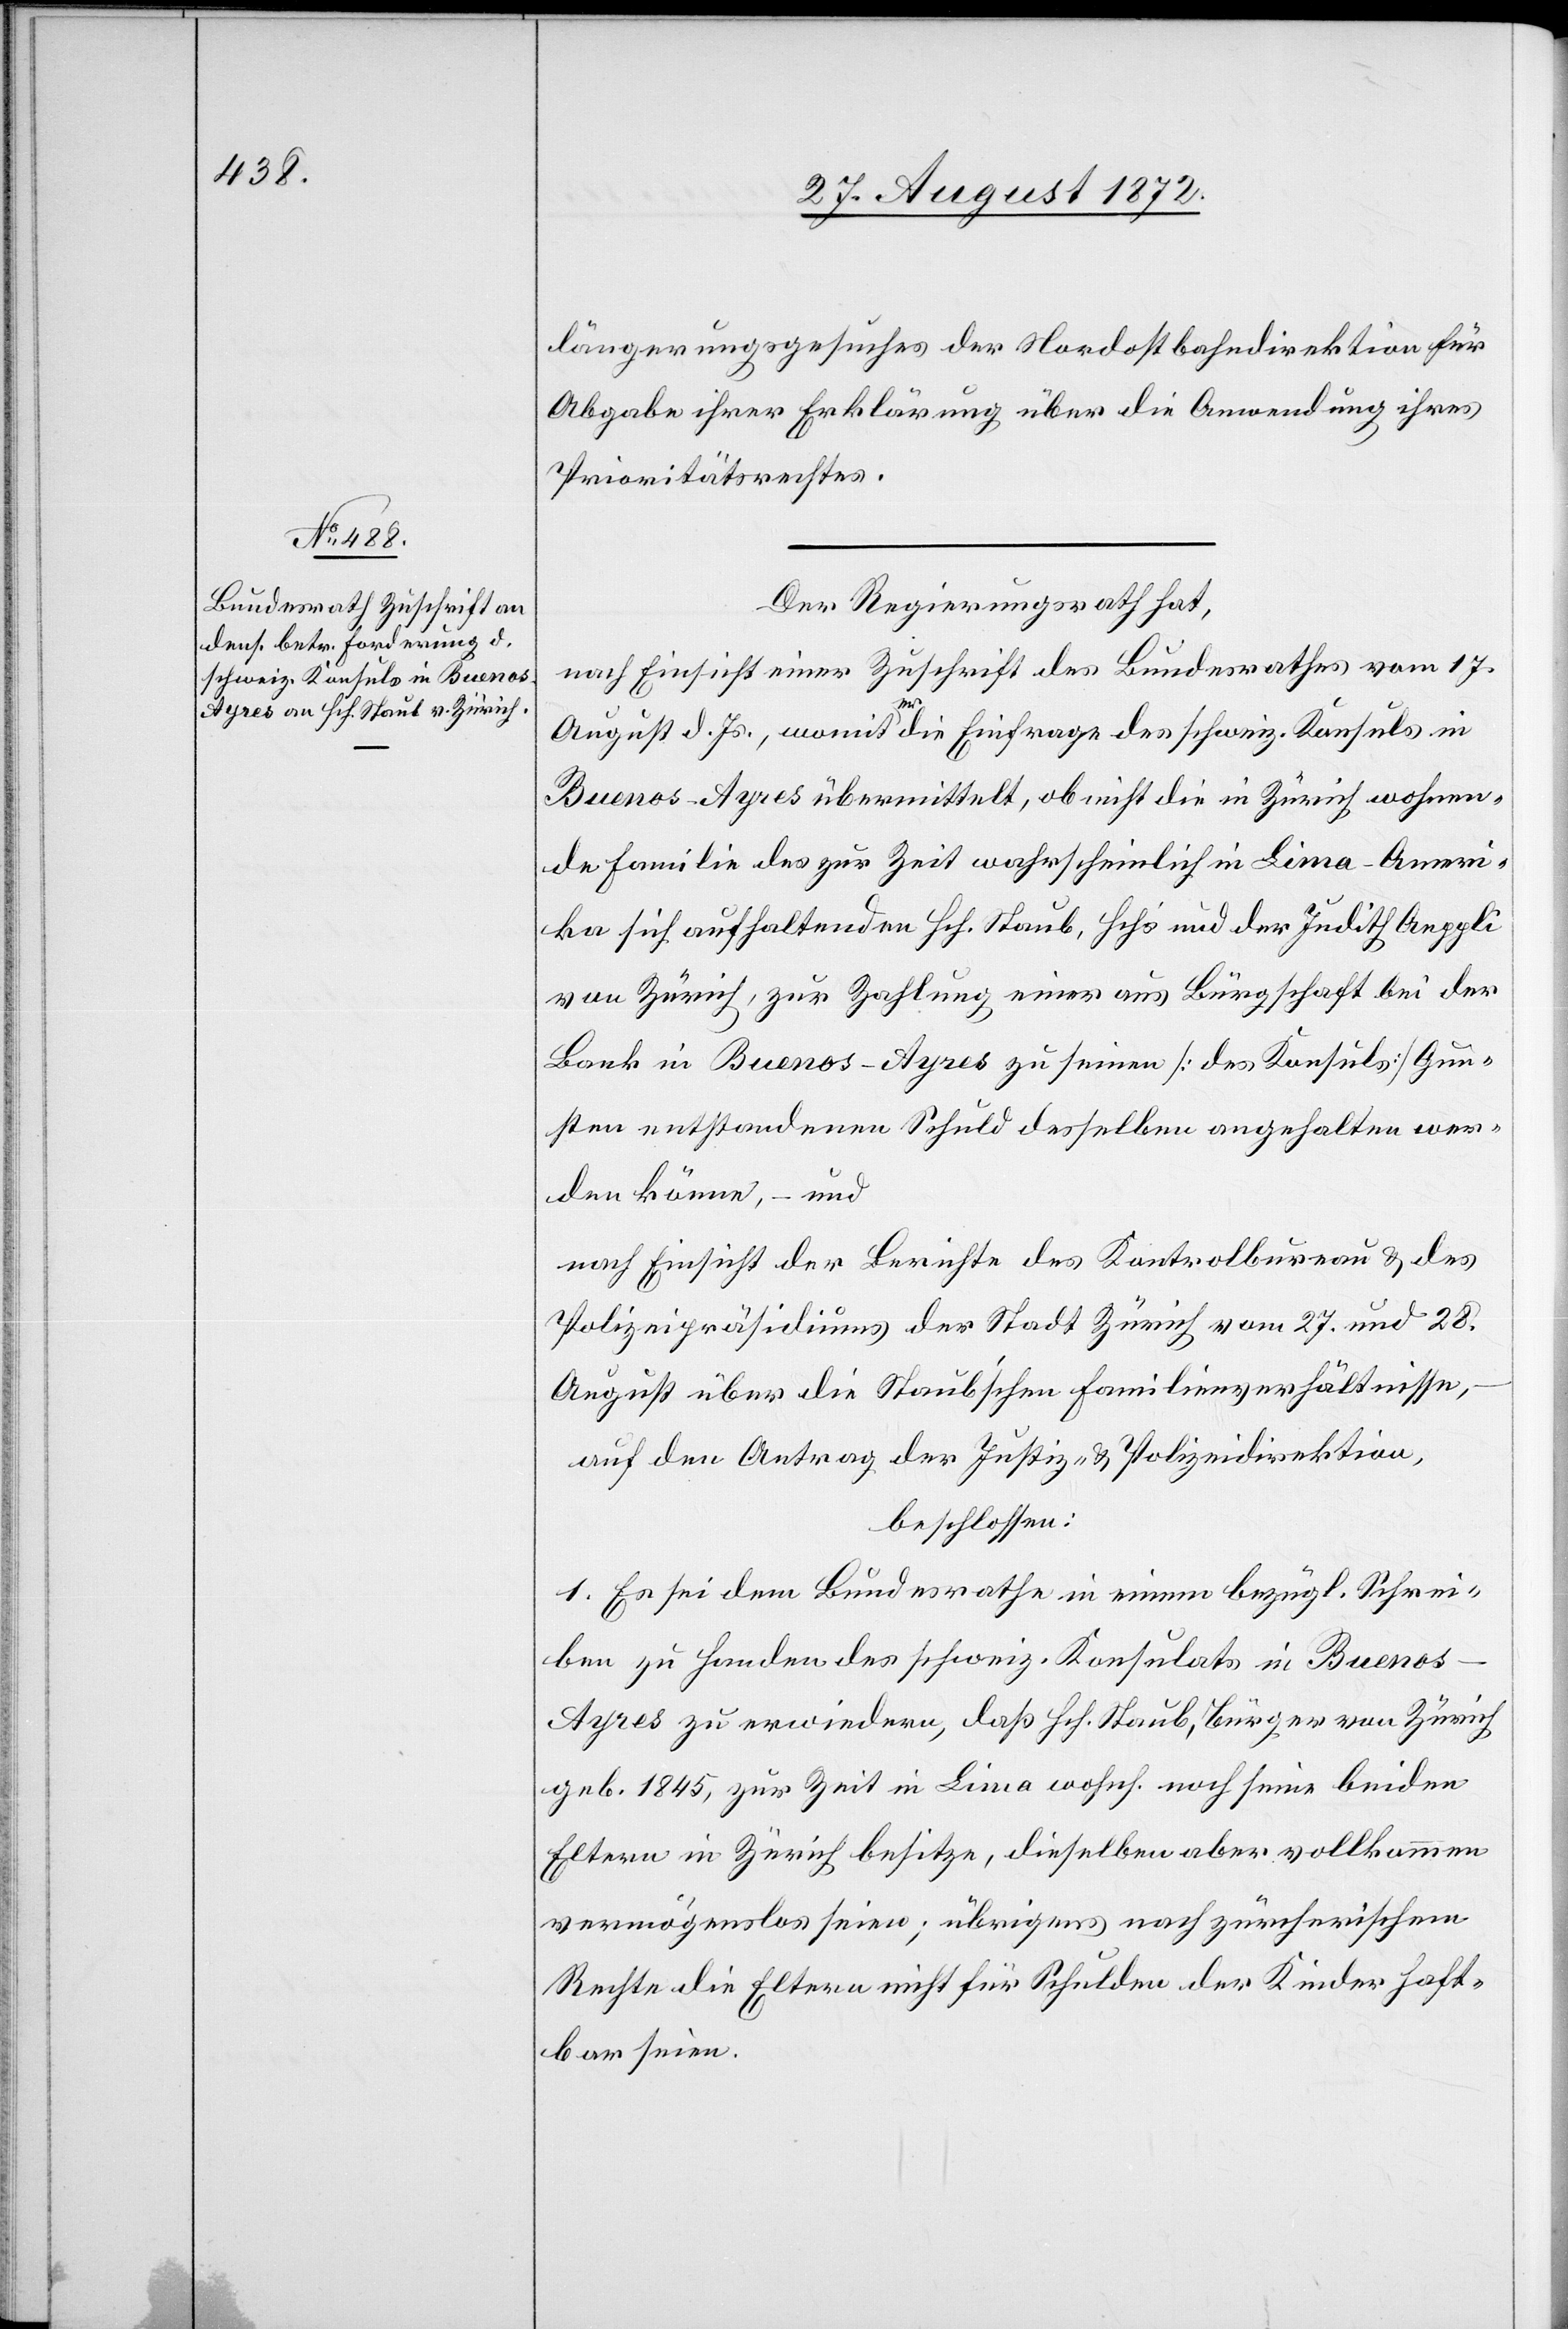
30. August 1872.]
längerungsgesuches der Nordostbahndirektion für
Abgabe ihrer Erklärung über die Anwendung ihres
Prioritätsrechtes.
Der Regierungsrath hat,
nach Einsicht einer Zuschrift des Bundesrathes vom 17.
August d. Js., womit er die Einfrage des schweiz. Konsuls in
Buenos-Ayres übermittelt, ob nicht die in Zürich wohnen¬
de Familie des zur Zeit wahrscheinlich in Lima-Ameri¬
ka sich aufhaltenden Hch. Staub, Hch’s und der Judith Aeppli
von Zürich, zur Zahlung einer aus Bürgschaft bei der
Bank in Buenos-Ayres zu seinen [des Konsuls] Gun¬
sten entstandenen Schuld desselben angehalten wer¬
den könne, – und
nach Einsicht der Berichte des Kontrolbureau u. des
Polizeipräsidiums der Stadt Zürich vom 27. und 28.
August über die Staub’schen Familienverhältnisse,
auf den Antrag der Justiz- u. Polizeidirektion,
beschlossen:
1. Es sei dem Bundesrathe in einem bezügl. Schrei¬
ben zu Handen des schweiz. Konsulats in Bueno¬
s-Ayres zu erwiedern, daß Hch. Staub, Bürger von Zürich
geb. 1845, zur Zeit in Lima wohnh. noch seine beiden
Eltern in Zürich besitze, dieselben aber vollkommen
vermögenslos seien; übrigens nach zürcherischem
Rechte die Eltern nicht für Schulden der Kinder haft¬
bar seien.